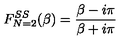
F _ { N = 2 } ^ { S S } ( \beta ) = \frac { \beta - i \pi } { \beta + i \pi }